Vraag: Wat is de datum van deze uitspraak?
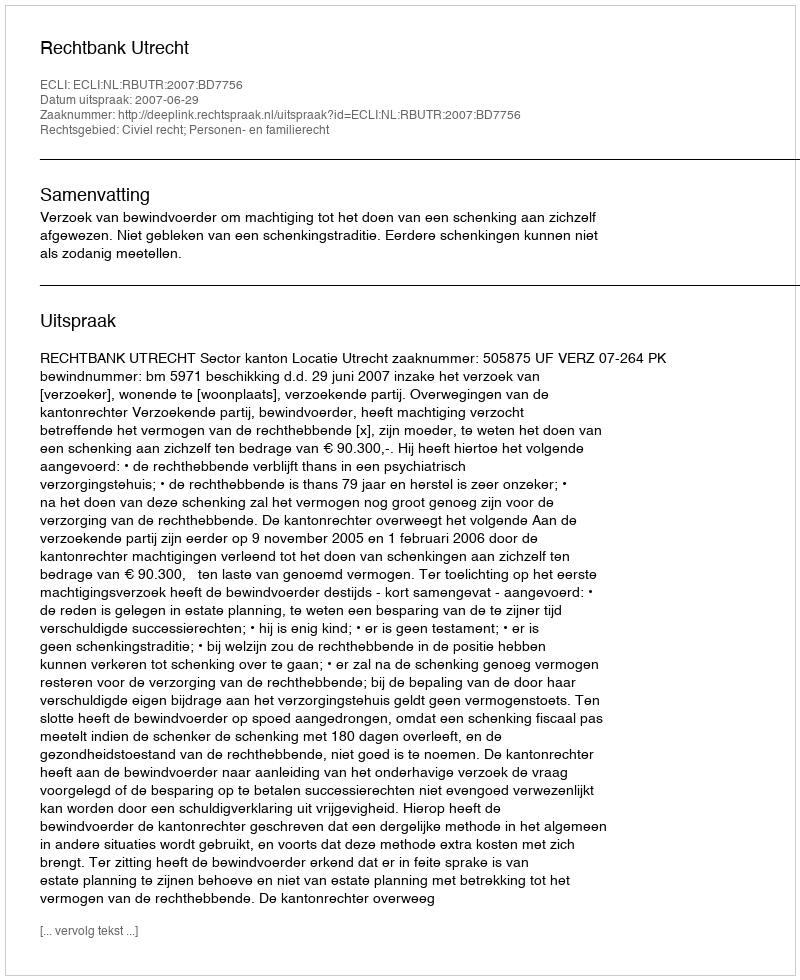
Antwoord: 2007-06-29